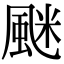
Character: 𩗐